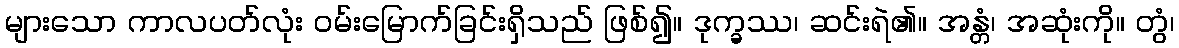
များသော ကာလပတ်လုံး ဝမ်းမြောက်ခြင်းရှိသည် ဖြစ်၍။ ဒုက္ခဿ၊ ဆင်းရဲ၏။ အန္တံ၊ အဆုံးကို။ တွံ၊